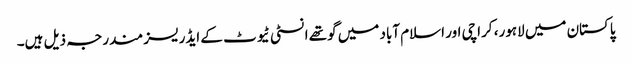
پاکستان میں لاہور، کراچی اور اسلام آباد میں گوتھے انسٹی ٹیوٹ کے ایڈریسز مندرجہ ذیل ہیں۔